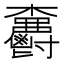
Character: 𣡫